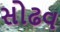
સોઢવ